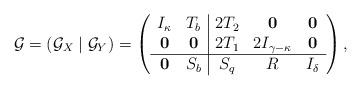
LaTeX: \begin{align*} {\cal G}= \left({\cal G}_X\mid {\cal G}_Y\right)= \left ( \begin{array}{cc|ccc} I_{\kappa} & T_b & 2T_2 & {\mathbf{0}} & {\mathbf{0}}\\ {\mathbf{0}} & {\mathbf{0}} & 2T_1 & 2I_{\gamma-\kappa} & {\mathbf{0}}\\ \hline {\mathbf{0}} & S_b & S_q & R & I_{\delta} \end{array} \right ), \end{align*}